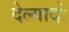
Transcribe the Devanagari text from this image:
देल्गादो